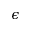
\epsilon